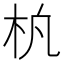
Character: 𬂢